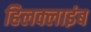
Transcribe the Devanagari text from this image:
हिलक्‍लाइंब